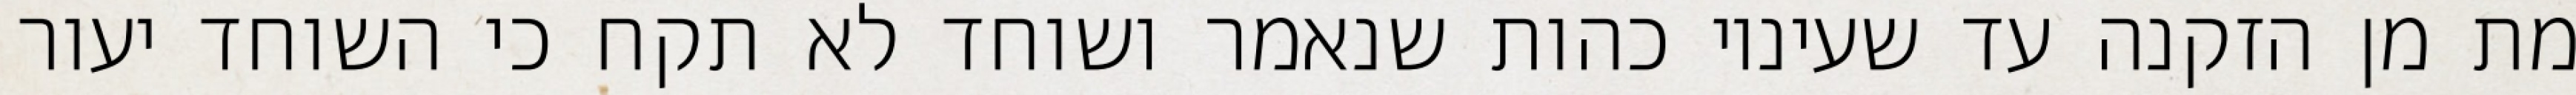
מת מן הזקנה עד שעיניו כהות שנאמר ושוחד לא תקח כי השוחד יעור